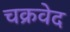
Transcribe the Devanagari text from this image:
चक्रवेद